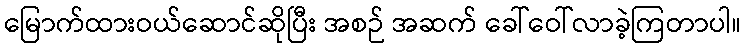
မြောက်ထားဝယ်ဆောင်ဆိုပြီး အစဉ် အဆက် ခေါ်ဝေါ်လာခဲ့ကြတာပါ။